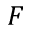
F